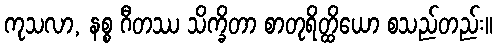
ကုသလာ, နစ္စ ဂီတဿ သိက္ခိတာ စာတုရိတ္ထိယော စသည်တည်း။